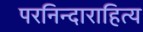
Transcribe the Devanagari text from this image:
परनिन्दाराहित्य